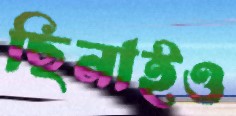
ছিনাইও